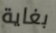
بغاية